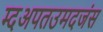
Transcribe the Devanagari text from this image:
म्दअपतउमदजंस